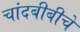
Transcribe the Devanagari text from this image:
चांदबीबीचे